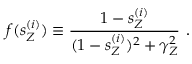
f ( s _ { Z } ^ { ( i ) } ) \equiv { \frac { 1 - s _ { Z } ^ { ( i ) } } { ( 1 - s _ { Z } ^ { ( i ) } ) ^ { 2 } + \gamma _ { Z } ^ { 2 } } } ~ .